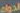
الدواء